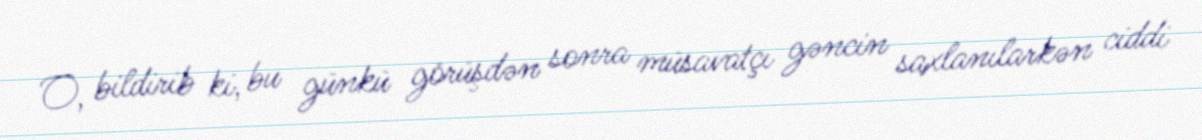
O, bildirib ki, bu günkü görüşdən sonra müsavatçı gəncin saxlanılarkən ciddi